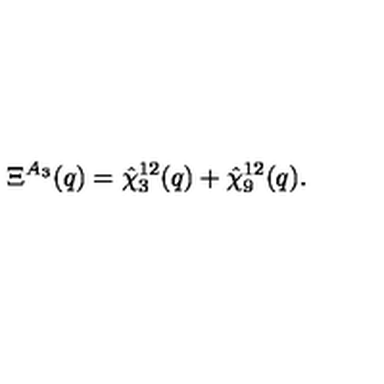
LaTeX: \Xi ^ { A _ { 3 } } ( q ) = \hat { \chi } _ { 3 } ^ { 1 2 } ( q ) + \hat { \chi } _ { 9 } ^ { 1 2 } ( q ) .